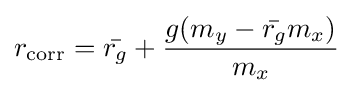
r_{\mathrm {corr} }={\bar {r_{g}}}+{\frac {g(m_{y}-{\bar {r_{g}}}m_{x})}{m_{x}}}